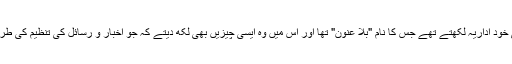
اس سے بڑھ کر یہ کہ امیرانی خود اداریہ لکھتے تھے جس کا نام "بلا عنون" تھا اور اس میں وہ ایسی چیزیں بھی لکھ دیتے کہ جو اخبار و رسائل کی تنظیم کی طرف سے جوابدہی کا سبب بنتیں۔